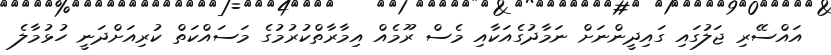
އައްސޭރި ޖަލުގައި ގައިދީންނަށް ނަމާދުގެއަކާއި މެސް ރޫމެއް އިމާރާތްކުރުމުގެ މަސައްކަތް ކުރިއަށްދަނީ ހުޅުމާލެ